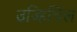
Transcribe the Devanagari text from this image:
उज्हिचिल